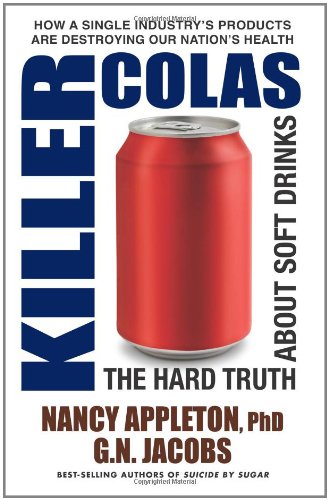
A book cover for Killer Colas: The Hard Truth About Soft Drinks; Nancy Appleton; Health, Fitness & Dieting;